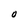
Character: O